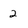
Character: 2